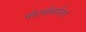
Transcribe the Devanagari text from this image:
पीटर्सबर्गला